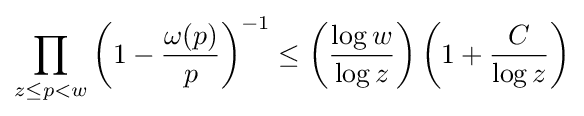
\prod _{z\leq p<w}\left(1-{\frac {\omega (p)}{p}}\right)^{-1}\leq \left({\frac {\log w}{\log z}}\right)\left(1+{\frac {C}{\log z}}\right)